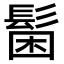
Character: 𩭋